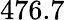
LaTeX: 476.7